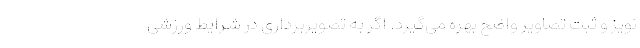
نویز و ثبت تصاویر واضح بهره می‌گیرد. اگر به تصویربرداری در شرایط ورزشی